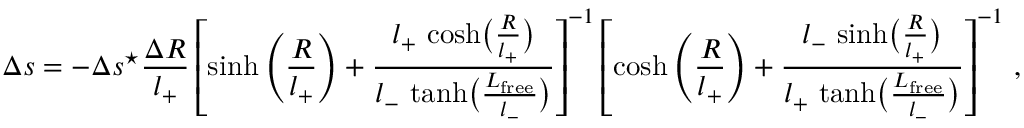
\Delta s = - \Delta s ^ { \star } \frac { \Delta R } { l _ { + } } \left[ \sinh \left( \frac { R } { l _ { + } } \right) + \frac { l _ { + } \, \cosh \bigl ( \frac { R } { l _ { + } } \bigr ) } { l _ { - } \, \operatorname { t a n h } \bigl ( \frac { L _ { \mathrm { f r e e } } } { l _ { - } } \bigr ) } \right] ^ { - 1 } \left[ \cosh \left( \frac { R } { l _ { + } } \right) + \frac { l _ { - } \, \sinh \bigl ( \frac { R } { l _ { + } } \bigr ) } { l _ { + } \, \operatorname { t a n h } \bigl ( \frac { L _ { \mathrm { f r e e } } } { l _ { - } } \bigr ) } \right] ^ { - 1 } \, ,